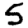
Digit: 5